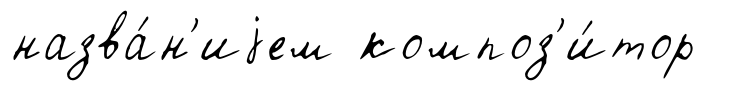
назва́н'иjем композ'и́тор